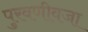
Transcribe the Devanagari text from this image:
पुरवणीवजा